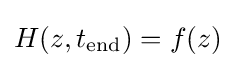
H(z,t_{\text{end}})=f(z)